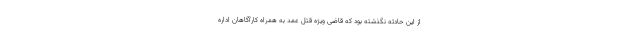
از این حادثه نگذشته بود که قاضی ویژه قتل عمد به همراه کارآگاهان اداره